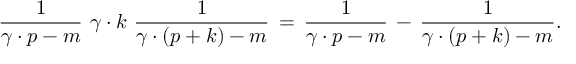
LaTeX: \frac { 1 } { \gamma \cdot p - m } \, \, \gamma \cdot k \, \, \frac { 1 } { \gamma \cdot ( p + k ) - m } \, = \, \frac { 1 } { \gamma \cdot p - m } \, - \, \frac { 1 } { \gamma \cdot ( p + k ) - m } .